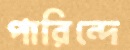
পারিন্দে